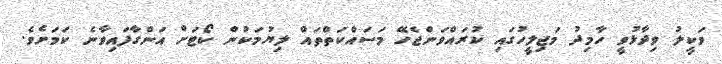
ވަކީލު ވިދާޅުވީ ހާމިދު މަޖިލީހުގައި ކުރައްވަންޖެހޭ މަސައްކަތްތައް ލިޔުމަކުން ކޯޓަށް އަންގާފައިވާނެ ކަމަށެވެ.